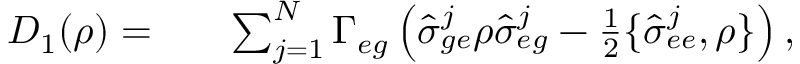
\begin{array} { r l r } { D _ { 1 } ( \rho ) = } & { { } } & { \sum _ { j = 1 } ^ { N } \Gamma _ { e g } \left( \hat { \sigma } _ { g e } ^ { j } \rho \hat { \sigma } _ { e g } ^ { j } - \frac { 1 } { 2 } \{ \hat { \sigma } _ { e e } ^ { j } , \rho \} \right) , } \end{array}